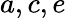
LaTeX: a,c,e